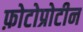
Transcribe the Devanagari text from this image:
फ़ोटोप्रोटीन